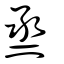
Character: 烝